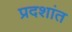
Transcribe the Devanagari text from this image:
प्रदशांत